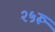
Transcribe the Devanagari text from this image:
२५रू